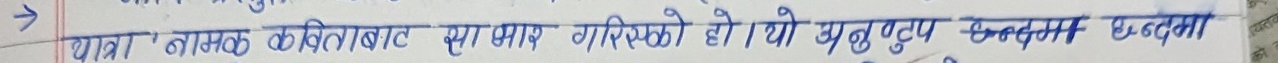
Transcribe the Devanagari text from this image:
यात्रा नामक किताबबाट साभार गरिएको हो । यो युटुयुब च्यानलमा